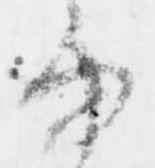
由